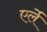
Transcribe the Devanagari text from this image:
एर्ले